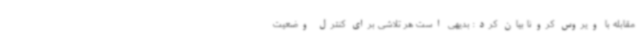
مقابله با ویروس کرونا بیان کرد: بدیهی است هر تلاشی برای کنترل وضعیت